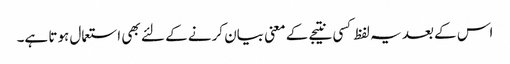
اس کے بعد یہ لفظ کسی نتیجے کے معنی بیان کرنے کے لئے بھی استعمال ہوتا ہے۔